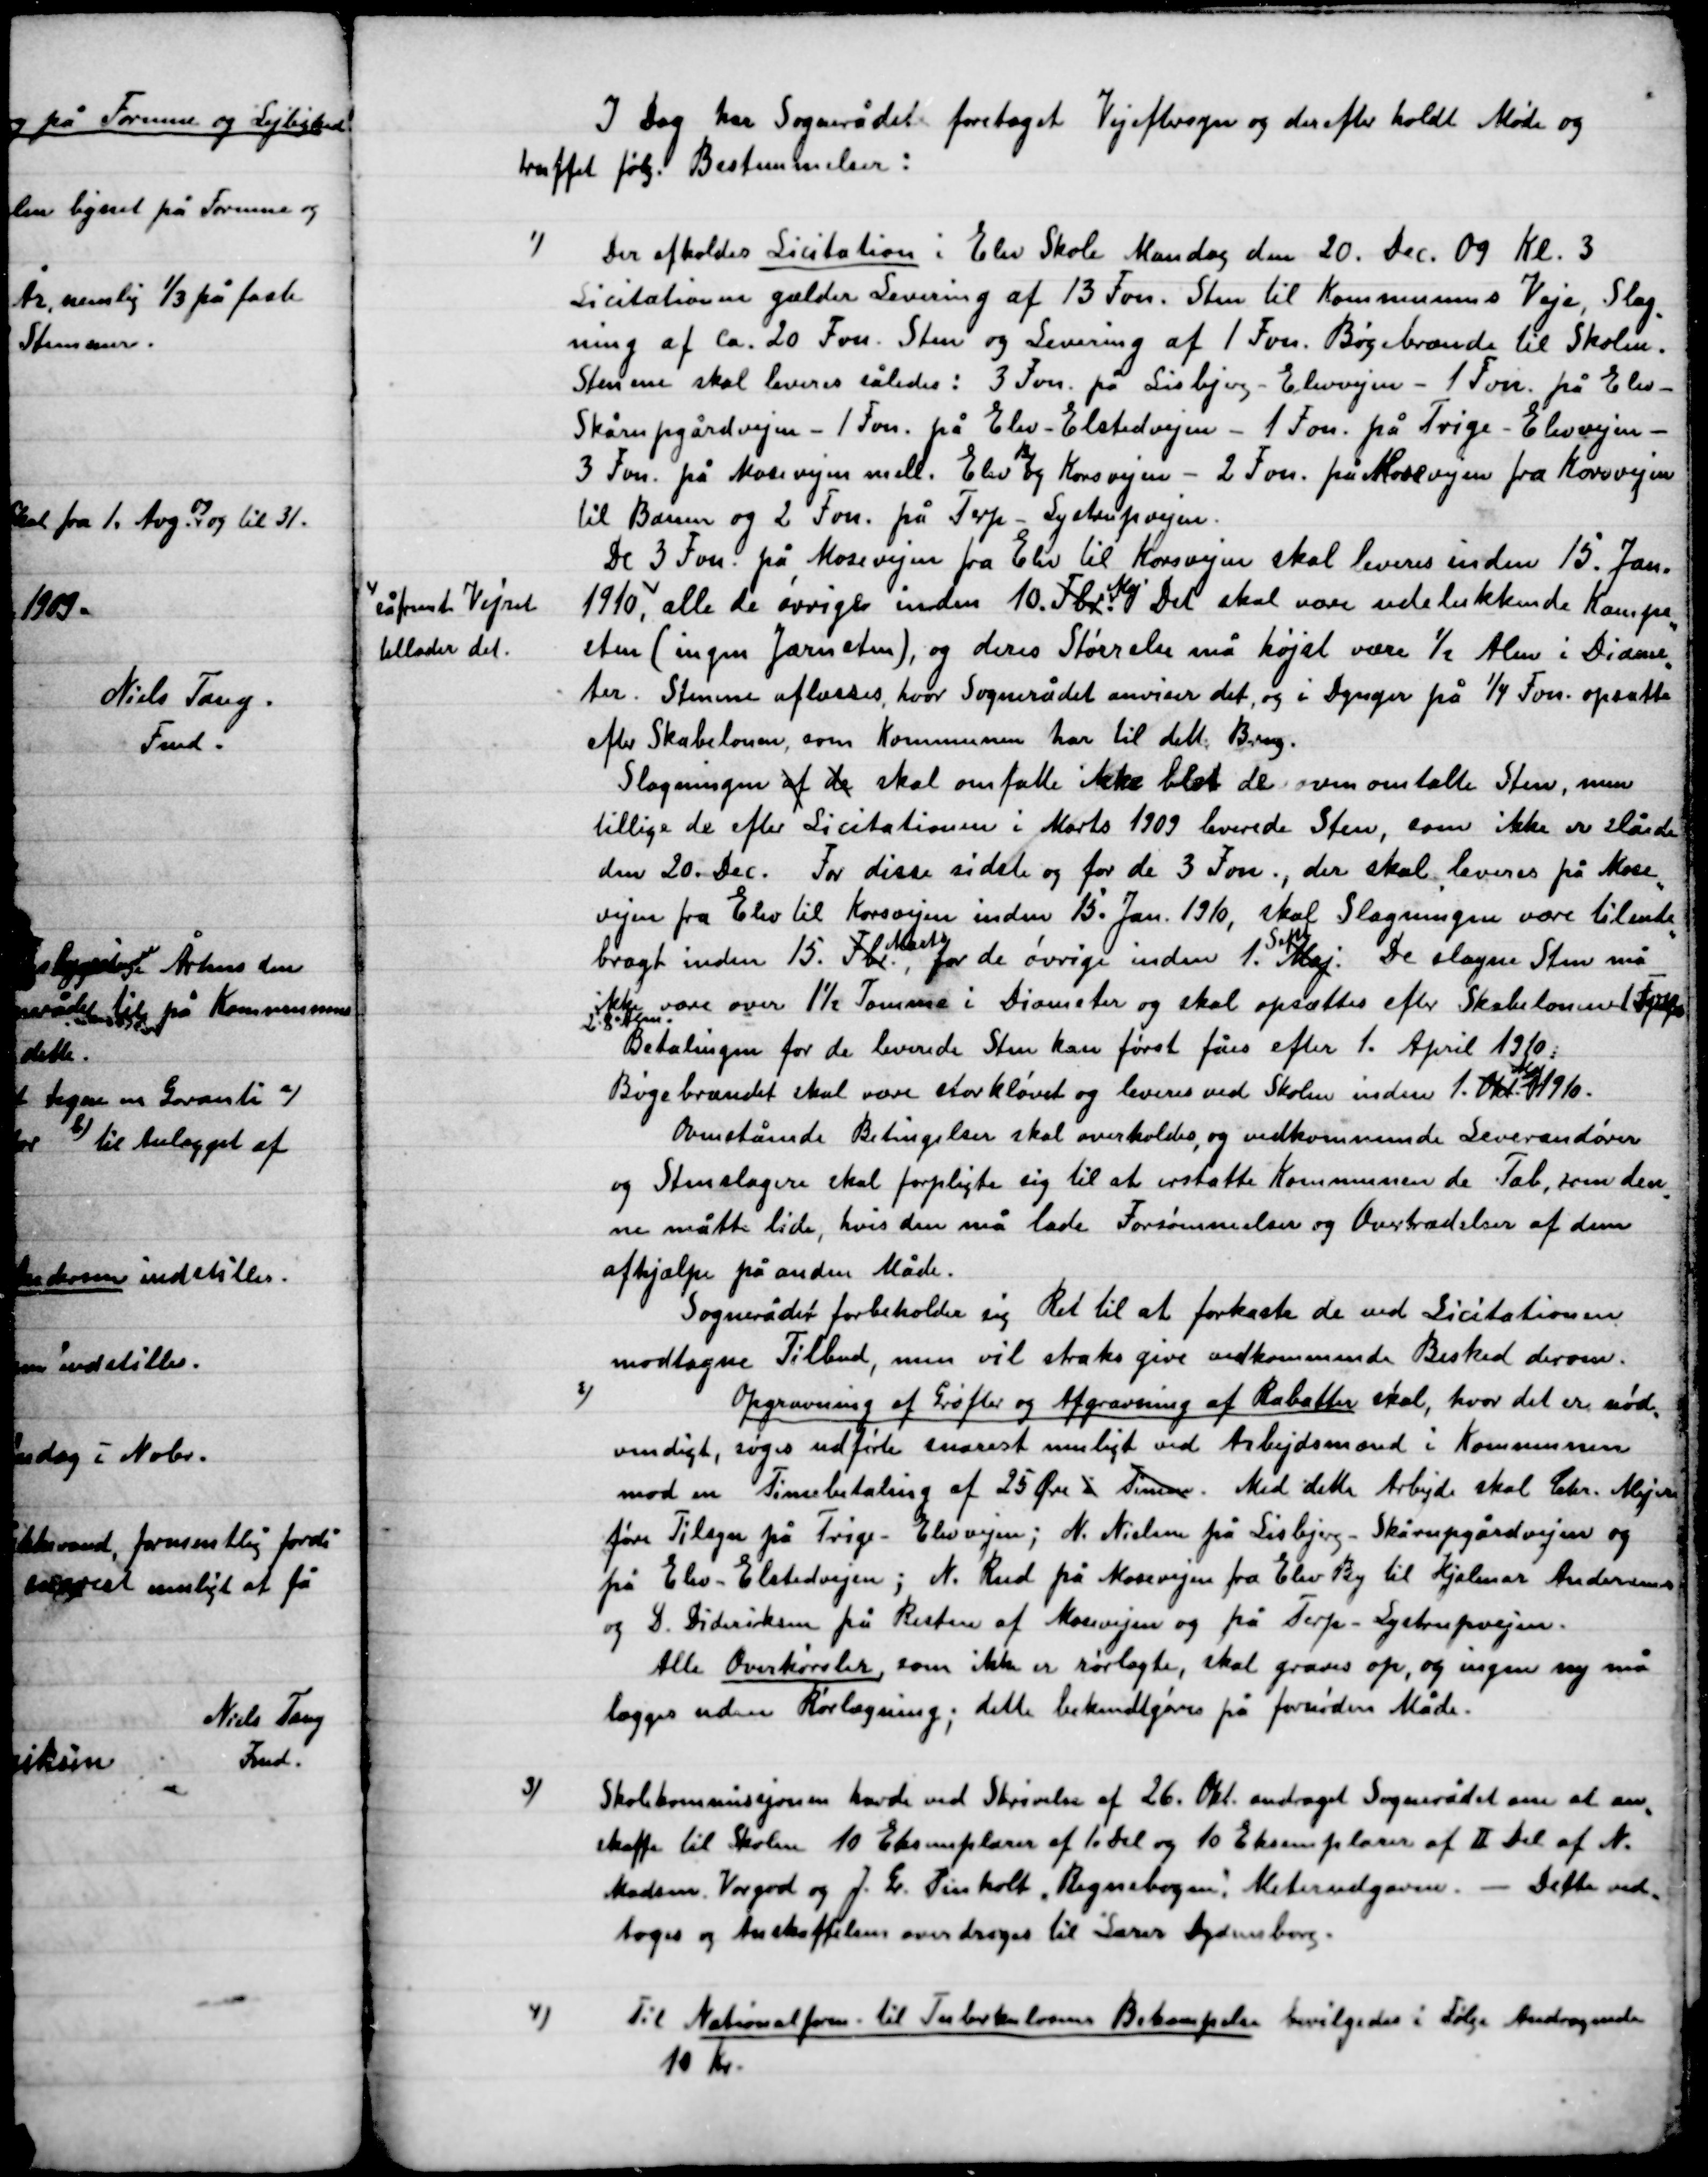
Transskription:
I Dag har Sognerådet foretaget Vejeftersyn og derefter holdt Møde og
Truffen følg. Bestemmelser:

1)

Der afholder Licitation i Elev skole Mandag den 20. dec. 09 Kl. 3
Licitationen gælder Levering af 13 Favn Sten til Kommunens Veje, Slag-
ning af ca. 20 Favn Sten og Levering af 1 Favn Bøgebrænde til Skolen
Stenene skal leveres således: 3 Favn på Lisbjerg – Elev vejen – 1 Favn på Elev –
Skårupgård vejen – 1 favn på Elev – Elstedvejen – 1 Favn på Trige – Elev vejen
3 Favn på Mosevejen mell. Elev By og Korsvejen – 2 Favn på Mosevejen fra Korsvejen
til Banen og 2 Favn på Terp – Lystrupvejen.
De 3 Favn på Mosevejen fra Elev til Korsvejen skal leveres inden 15. Jan.
1910, Såfremt Vejret tillader det, alle de øvrige inden 10 Fbr.
Maj
Det skal være udelukkende Kampe-
sten (ingen jærnsten), og deres Størrelse må højest være ½ Alen i Diame-
ter. Stenene aflæsses, hvor Sognerådet anviser det, og i dynger på ¼ Favn opsættes
efter Skabeloner, som Kommunen har til dette Brug.
Slagningen af de skal omfatte ikke blot de oven omtalte sten, men
tillige de efter Licitationen i Marts 1909 leverede Sten, som ikke er slåede
den 20. Dec. For disse sidste og for de 3 Fvn., der skal leveres på Mose-
vejen fra Elev til Korsvejen inden 15. Jan. 1910, skal slagningen være tilende-
bragt inden 15 Fbr.
Marts
for de øvrige inden 1.
Sept.
Maj. De slagne Sten må
ikke være over 1½ Tomme i Diameter og skal opsættes efter Skabelonen 1 Favn
2-8 Sten.
Betaling for de leverede Sten kan først fås efter 1. April 1910.
Bøgebrændet skal være storkløvet og leveres ved skolen inden 1 Okt.
Maj
1910.
Ovenstående Betingelser skal overholdes, og vedkommende Leverandører
og Stenslagere skal forpligte sig til at erstatte Kommunen de Tab, som den
nu måtte lide, hvis den må lade Forsømmelser og Overtrædelser af dem
afhjælpe på anden Måde.
Sognerådet forbeholder sig Ret til at forkaste de ved Licitationen
modtagne Tilbud, men vil straks give vedkommende Besked derom.

Såfremt Vejret
tillader det

2)

Opgravning af Grøfter og Afgravning af Rabatter skal, hvor det er nød-
vendigt, søges udførte snarest muligt ved Arbejdsmænd i Kommunen
mod en timebetaling af 25 Øre i timen. Med dette arbejde skal Chr. Meyer
føre tilsyn på Trige Elev vejen; N. Nielsen på Lisbjerg-Skårupgårds vejen og
på Elev-Elsted vejen ; N. Rud på Mose vejen fra Elev by til Hjalmar Andersens
og D. Dideriksen på Resten af Mosevejen og på Terp-Lystrup vejen.
Alle Omkørsler, som ikke er rørlagte, skal graves op, og ingen ny må
Lægges uden Rørlægning; dette bekendtgøres på fornøden Måde.

3)

Skolekommissjonen havde ved Skrivelse af 26. Okt. andraget Sognerådet om at an-
skaffe til Skolen 10 Eksemplarer af I. Del og 10 Eksemplarer af II del af N.
Madsen Vorgod og J. Gr. Pinholt, Regnebog i Meterudgaven. – Dette ved-
toges og anskaffelsen overdroges til Lærer Dydensborg.

4)

Til Nationalform. til Tuberkulosens Bekæmpelse bevilgedes ifølge Andragende
10 Kr.